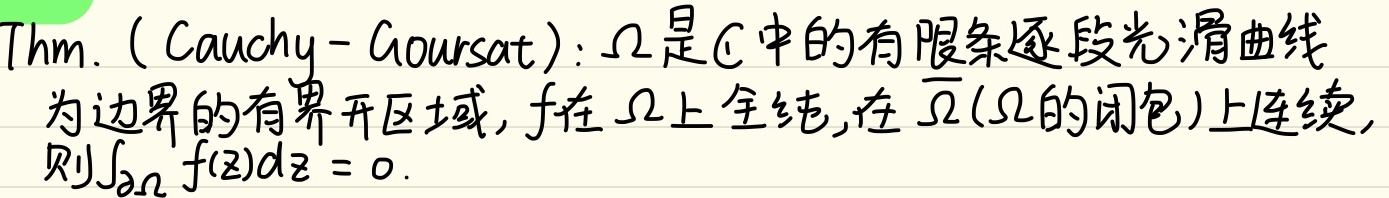
Thm. (Cauchy - Goursat): $\Omega$ 是 $\mathbb{C}$ 中的有限条逐段光滑曲线为边界的有界开区域，$f$ 在 $\Omega$ 上全纯，在 $\overline{\Omega}$（$\Omega$ 的闭包）上连续，则 $\int_{\partial\Omega}f(z)dz = 0$。